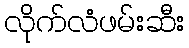
လိုက်လံဖမ်းဆီး